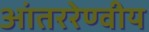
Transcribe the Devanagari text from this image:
आंतररेण्वीय